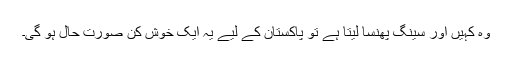
وہ کہیں اور سینگ پھنسا لیتا ہے تو پاکستان کے لیے یہ ایک خوش کن صورت حال ہو گی۔